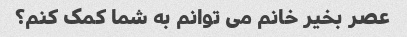
عصر بخیر خانم می توانم به شما کمک کنم؟